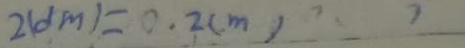
2 ( d m ) = 0 . 2 ( m )